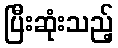
ပြီးဆုံးသည့်